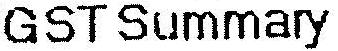
GST SUMMARY